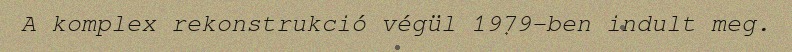
A komplex rekonstrukció végül 1979-ben indult meg.